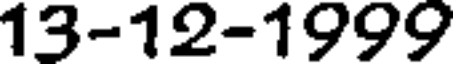
13-12-1999